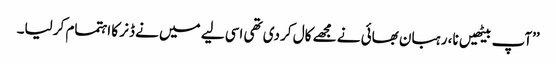
’’آپ بیٹھیں نا، رہبان بھائی نے مجھے کال کر دی تھی اسی لیے میں نے ڈنر کا اہتمام کر لیا۔